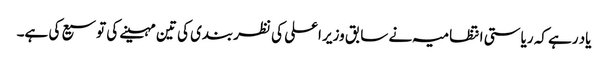
یاد رہے کہ ریاستی انتظامیہ نے سابق وزیر اعلی کی نظربندی کی تین مہینے کی توسیع کی ہے۔